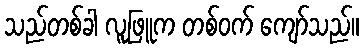
သည်တစ်ခါ လူဖြူက တစ်ဝက် ကျော်သည်။